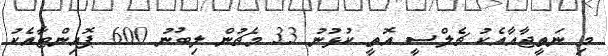
މި ނަތީޖާއާއެކު ޗެލްސީ އޮތީ ކުޅުނު 33 މެޗުން ލިބުނު 600 ޕޮއިންޓާއެކު